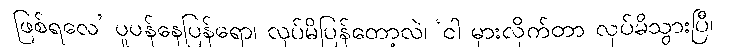
ဖြစ်ရလေ’ ပူပန်နေပြန်ရော၊ လုပ်မိပြန်တော့လဲ၊ ‘ငါ မှားလိုက်တာ လုပ်မိသွားပြီ၊